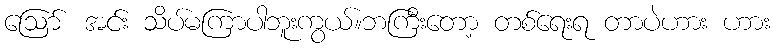
ဪ အင်း သိပ်မကြာပါဘူးကွယ်။ဘကြီးတော့ တစ်ရေးရ တာပဲဟား ဟား